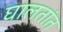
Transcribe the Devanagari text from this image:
घालतांत